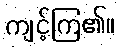
ကျင့်ကြ၏။